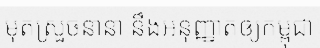
មុតស្រួចនានា នឹងអនុញ្ញាតឲ្យកម្ពុជា